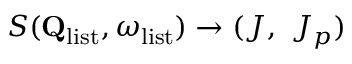
S ( \mathbf { Q } _ { \mathrm { l i s t } } , \omega _ { \mathrm { l i s t } } ) \rightarrow ( J , \ J _ { p } )